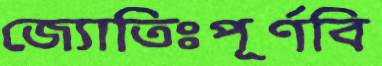
জ্যোতিঃপূর্ণবি